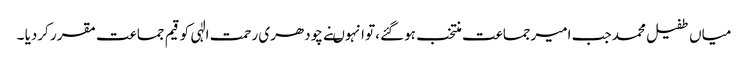
میاں طفیل محمد جب امیرجماعت منتخب ہوگئے ،تو انہوںنے چودھری رحمت الٰہی کو قیم جماعت مقرر کردیا ۔